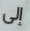
إلى